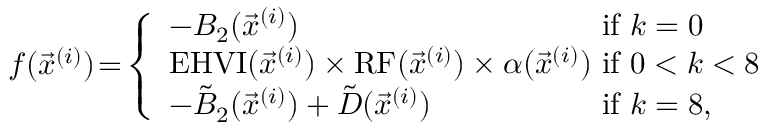
f ( \vec { x } ^ { ( i ) } ) \! = \! \left\{ \begin{array} { l l } { - B _ { 2 } ( \vec { x } ^ { ( i ) } ) } & { \mathrm { i f ~ } k = 0 } \\ { \mathrm { E H V I } ( \vec { x } ^ { ( i ) } ) \times \mathrm { R F } ( \vec { x } ^ { ( i ) } ) \times \alpha ( \vec { x } ^ { ( i ) } ) \! \! \! \! } & { \mathrm { i f ~ } 0 < k < 8 } \\ { - \tilde { B } _ { 2 } ( \vec { x } ^ { ( i ) } ) + \tilde { D } ( \vec { x } ^ { ( i ) } ) } & { \mathrm { i f ~ } k = 8 , } \end{array} \right.